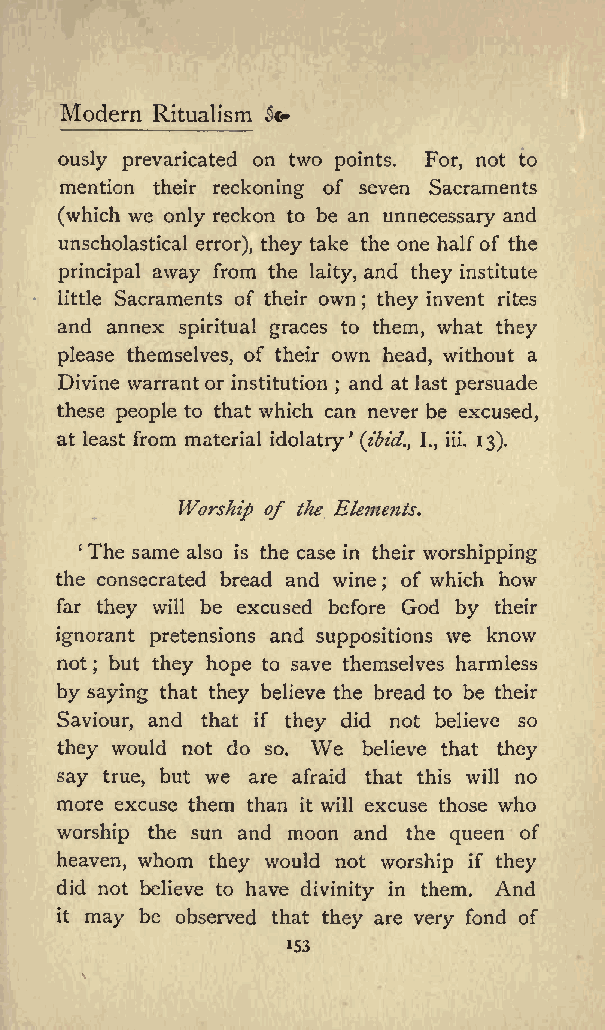
Modern Ritualism &&
 ously prevaricated on two points. For, not to
 mention their reckoning of seven Sacraments
 (which we only reckon to be an unnecessary and
 unscholastical error), they take the one halfof the
 principal away from the laity, and they institute
 little Sacraments of their own they invent rites
 ;
 and annex spiritual graces to them, what they
 please themselves, of their own head, without a
 Divine warrantor institution and at last persuade
 ;
 these people to that which can never be excused,
 at least from material idolatry (ibid., I., iii. 13).
 Worship of the Elements.
 The same also is the case in their worshipping
 the consecrated bread and wine of which how
 ;
 far they will be excused before God by their
 ignorant pretensions and suppositions we know
 not but they hope to save themselves harmless
 ;
 by saying that they believe the bread to be their
 Saviour, and that if they did not believe so
 they would not do so. We believe that they
 say true, but we are afraid that this will no
 more excuse them than it will excuse those who
 worship the sun and moon and the queen of
 heaven, whom they would not worship if they
 did not believe to have divinity in them. And
 it may be observed that they are very fond of